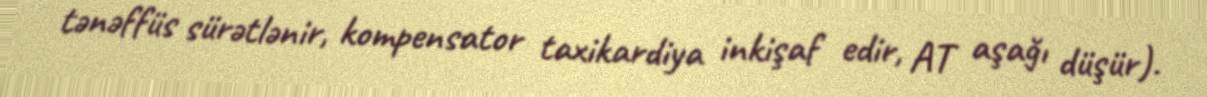
tənəffüs sürətlənir, kompensator taxikardiya inkişaf edir, AT aşağı düşür).